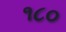
૧૮૦